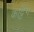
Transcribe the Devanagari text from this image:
कट्टिंग